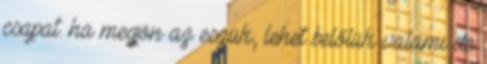
csapat. ha megjön az eszük, lehet belőlük valami de